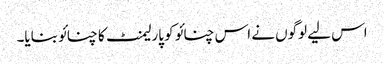
اس لیے لوگوں نے اس چنائو کو پارلیمنٹ کا چنائو بنایا۔